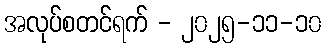
အလုပ်စတင်ရက် - ၂၀၂၅-၁၁-၁၀